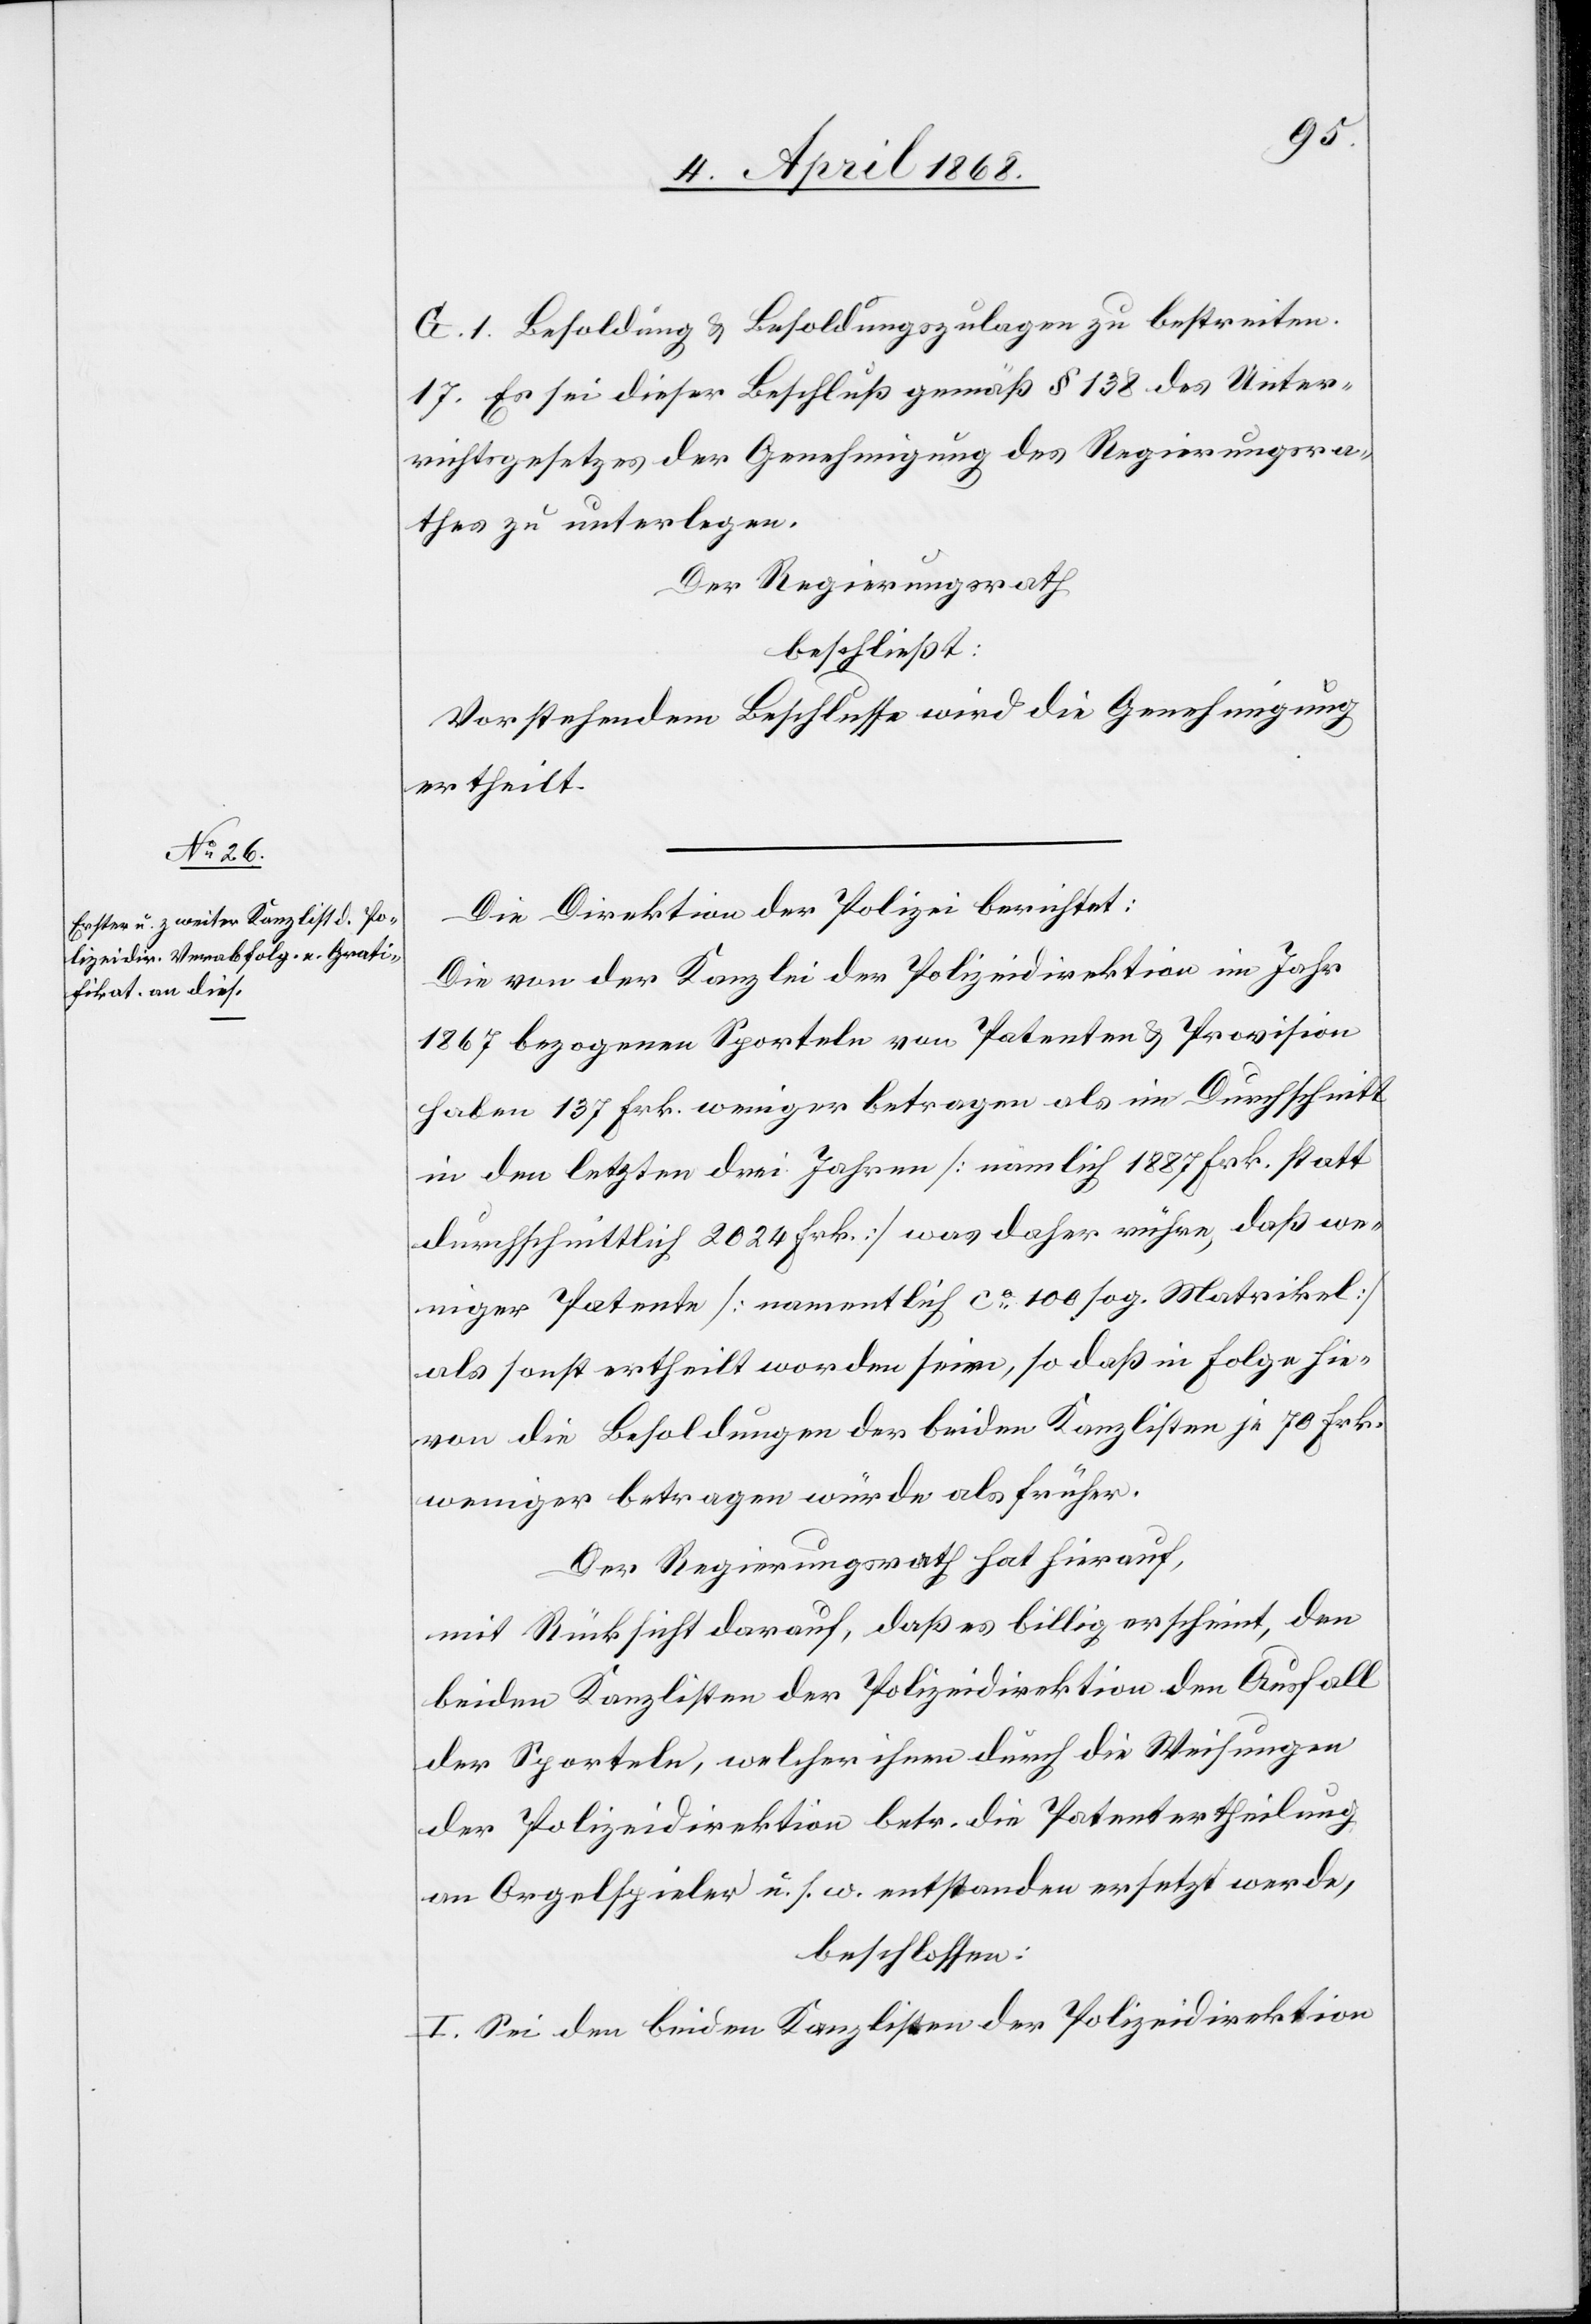
G. 1. Besoldung & Besoldungszulagen zu bestreiten.
Es sei dieser Beschluß gemäß § 138 des Unter¬
richtsgesetzes der Genehmigung des Regierungsra¬
thes zu unterlegen.
Der Regierungsrath
beschließt:
Vorstehendem Beschlusse wird die Genehmigung
ertheilt.
Die Direktion der Polizei berichtet:
Die von der Kanzlei der Polizeidirektion im Jahr
1867 bezogenen Sporteln von Patenten & Provision
haben 137 Frk. weniger betragen als im Durchschnitt
in den letzten drei Jahren [nämlich 1887 Frk. statt
durchschnittlich 2024 Frk.] was daher rühre, daß we¬
niger Patente [namentlich ca. 100 sog. Matrikel]
als sonst ertheilt worden seien, so daß in Folge hie¬
von die Besoldungen der beiden Kanzlisten je 70 Frk.
weniger betragen würde als früher.
Der Regierungsrath hat hierauf,
mit Rücksicht darauf, daß es billig erscheint, den
beiden Kanzlisten der Polizeidirektion den Ausfall
der Sporteln, welcher ihnen durch die Weisungen
der Polizeidirektion betr. die Patentertheilung
an Orgelspieler u. s. w. entstanden ersetzt werde,
beschlossen:
I. Sei den beiden Kanzlisten der Polizeidirektion